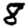
Digit: 8